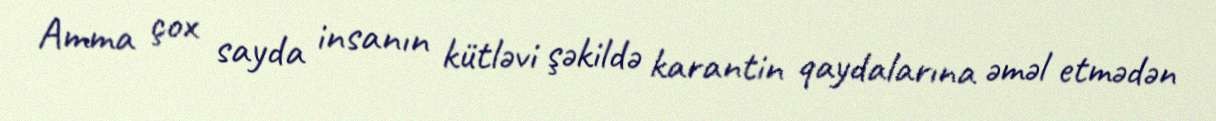
Amma çox sayda insanın kütləvi şəkildə karantin qaydalarına əməl etmədən